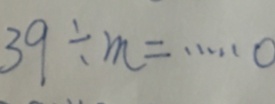
3 9 \div m = \cdots 0